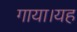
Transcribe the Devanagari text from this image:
गाया।यह